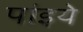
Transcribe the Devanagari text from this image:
पांइये